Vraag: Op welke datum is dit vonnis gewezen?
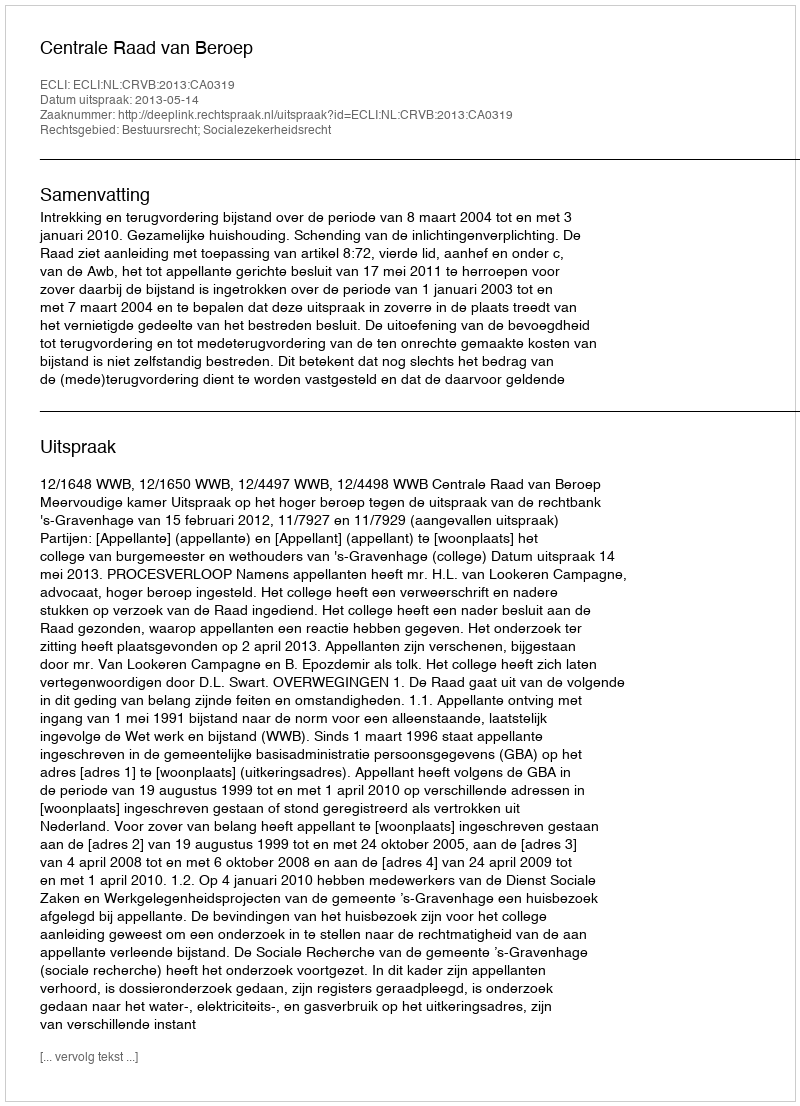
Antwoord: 2013-05-14